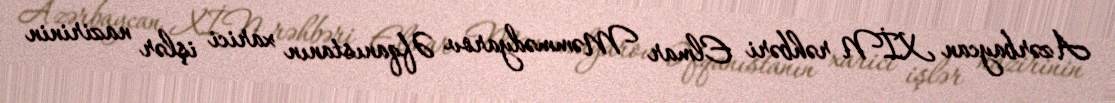
Azərbaycan XİN rəhbəri Elmar Məmmədyarov Əfqanıstanın xarici işlər nazirinin